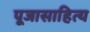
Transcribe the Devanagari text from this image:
पूजासाहित्य